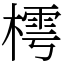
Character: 樗